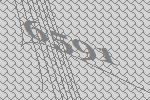
6591